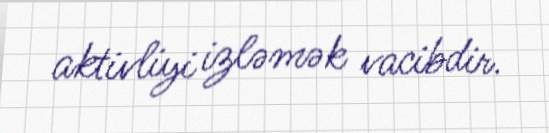
aktivliyi izləmək vacibdir.